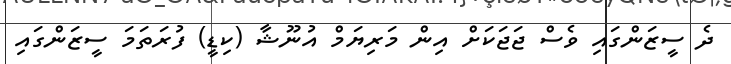
ދެ ސީޒަންގައި ވެސް ޖަޖަކަށް އިން މަރިޔަމް އުނޫޝާ (ކިޑީ) ފުރަތަމަ ސީޒަންގައި